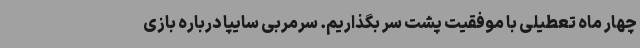
چهار ماه تعطیلی با موفقیت پشت سر بگذاریم. سرمربی سایپا درباره بازی